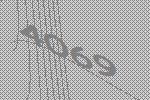
4069